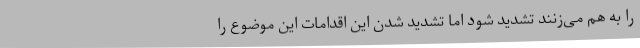
را به هم می‌زنند تشدید شود اما تشدید شدن این اقدامات این موضوع را